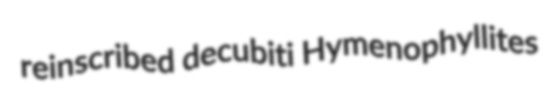
reinscribed decubiti Hymenophyllites